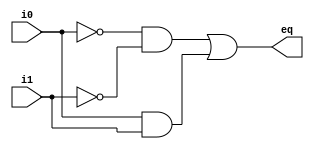
// Listing 1.1
module one_bit_equal
   // I/O ports
   (
    input wire i0, i1,
    output wire eq
   );

   // signal declaration
   wire p0, p1;

   // body
   // sum of two product terms
      assign eq = p0 | p1;
   
  assign p0 = ~i0 & ~i1;
  assign  p1 = i0 & i1;

endmodule